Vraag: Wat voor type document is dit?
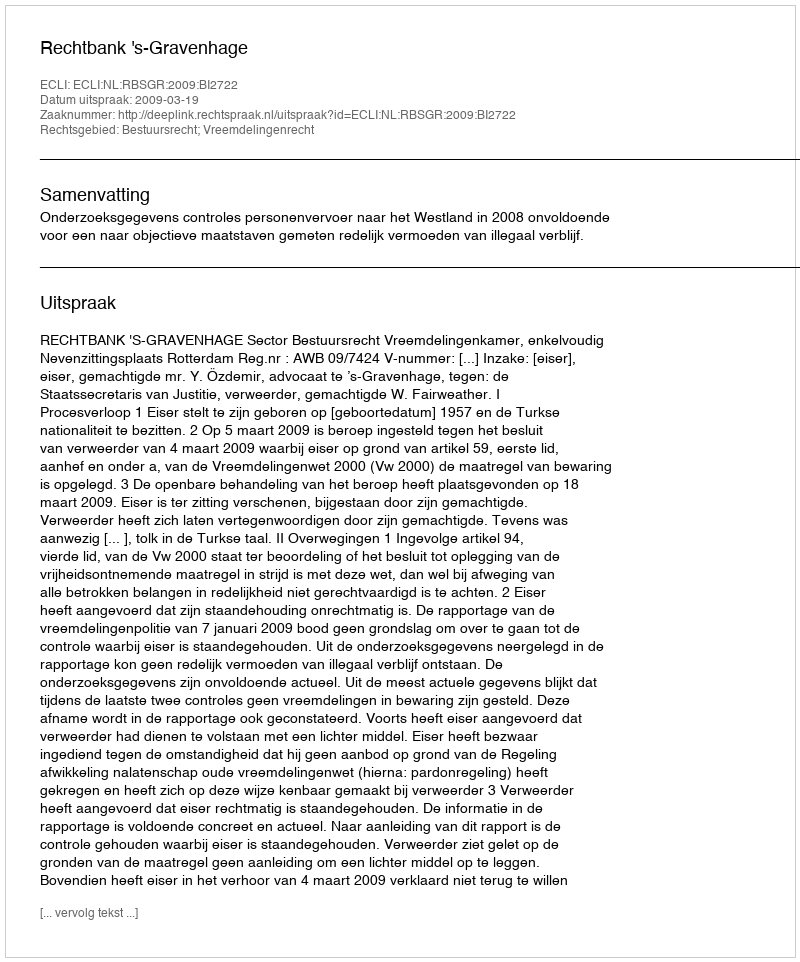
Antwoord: Uitspraak